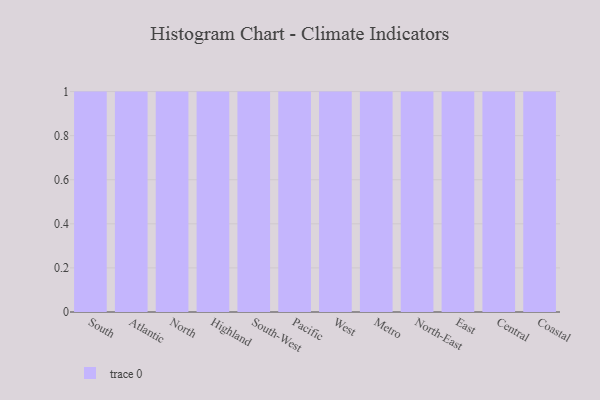
{"axis": {"x": "Region", "y": "Temperature (°C)"}, "legend": [""], "data": [{"x": "South", "y": 52, "type": ""}, {"x": "Atlantic", "y": 12, "type": ""}, {"x": "North", "y": 83, "type": ""}, {"x": "Highland", "y": 42, "type": ""}, {"x": "South-West", "y": 47, "type": ""}, {"x": "Pacific", "y": 78, "type": ""}, {"x": "West", "y": 63, "type": ""}, {"x": "Metro", "y": 58, "type": ""}, {"x": "North-East", "y": 75, "type": ""}, {"x": "East", "y": 82, "type": ""}, {"x": "Central", "y": 98, "type": ""}, {"x": "Coastal", "y": 8, "type": ""}]}